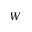
W